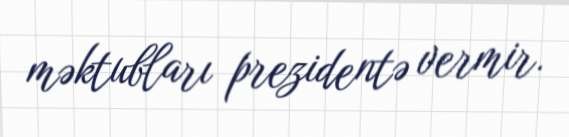
məktubları prezidentə vermir.